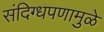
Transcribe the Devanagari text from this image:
संदिग्धपणामुळे